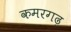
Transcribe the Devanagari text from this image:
कमरगढ़